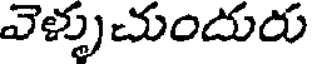
వెళ్ళుచుందురు